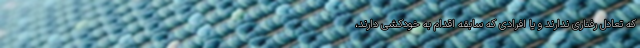
که تعادل رفتاری ندارند و یا افرادی که سابقه اقدام به خودکشی دارند،